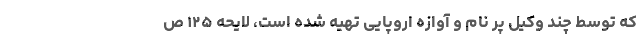
که توسط چند وکیل پر نام و آوازه اروپایی تهیه شده است، لایحه ۱۲۵ ص